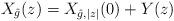
LaTeX: \begin{align*} X_{\hat{g}}(z)= X_{\hat{g},|z|}(0) + Y(z)\end{align*}